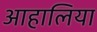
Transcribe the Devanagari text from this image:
आहालिया